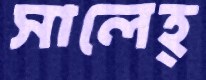
সালেহ্